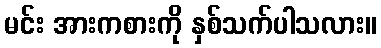
မင်း အားကစားကို နှစ်သက်ပါသလား။